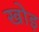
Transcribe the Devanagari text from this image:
खोइ